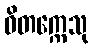
ဝိတက္ကေသု